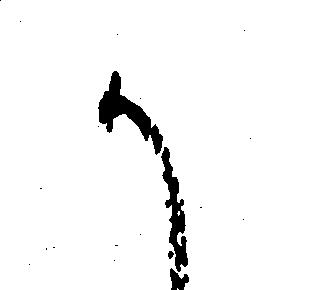
か